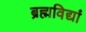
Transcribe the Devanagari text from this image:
ब्रह्मविद्यां